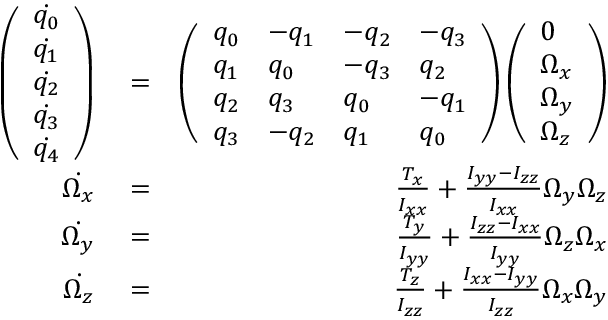
\begin{array} { r l r } { \left( \begin{array} { l } { \dot { q _ { 0 } } } \\ { \dot { q _ { 1 } } } \\ { \dot { q _ { 2 } } } \\ { \dot { q _ { 3 } } } \\ { \dot { q _ { 4 } } } \end{array} \right) } & { { } = } & { \left( \begin{array} { l l l l } { q _ { 0 } } & { - q _ { 1 } } & { - q _ { 2 } } & { - q _ { 3 } } \\ { q _ { 1 } } & { q _ { 0 } } & { - q _ { 3 } } & { q _ { 2 } } \\ { q _ { 2 } } & { q _ { 3 } } & { q _ { 0 } } & { - q _ { 1 } } \\ { q _ { 3 } } & { - q _ { 2 } } & { q _ { 1 } } & { q _ { 0 } } \end{array} \right) \left( \begin{array} { l } { 0 } \\ { \Omega _ { x } } \\ { \Omega _ { y } } \\ { \Omega _ { z } } \end{array} \right) } \\ { \dot { \Omega _ { x } } } & { { } = } & { \frac { T _ { x } } { I _ { x x } } + \frac { I _ { y y } - I _ { z z } } { I _ { x x } } \Omega _ { y } \Omega _ { z } } \\ { \dot { \Omega _ { y } } } & { { } = } & { \frac { T _ { y } } { I _ { y y } } + \frac { I _ { z z } - I _ { x x } } { I _ { y y } } \Omega _ { z } \Omega _ { x } } \\ { \dot { \Omega _ { z } } } & { { } = } & { \frac { T _ { z } } { I _ { z z } } + \frac { I _ { x x } - I _ { y y } } { I _ { z z } } \Omega _ { x } \Omega _ { y } } \end{array}